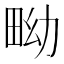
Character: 𤱎